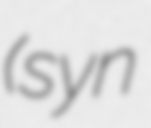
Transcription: (syn